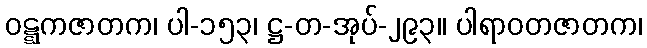
ဝဋ္ဋကဇာတက၊ ပါ-၁၅၃၊ ဋ္ဌ-တ-အုပ်-၂၉၃။ ပါရာဝတဇာတက၊